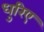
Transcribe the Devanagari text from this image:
धुरिए